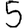
Digit: 5